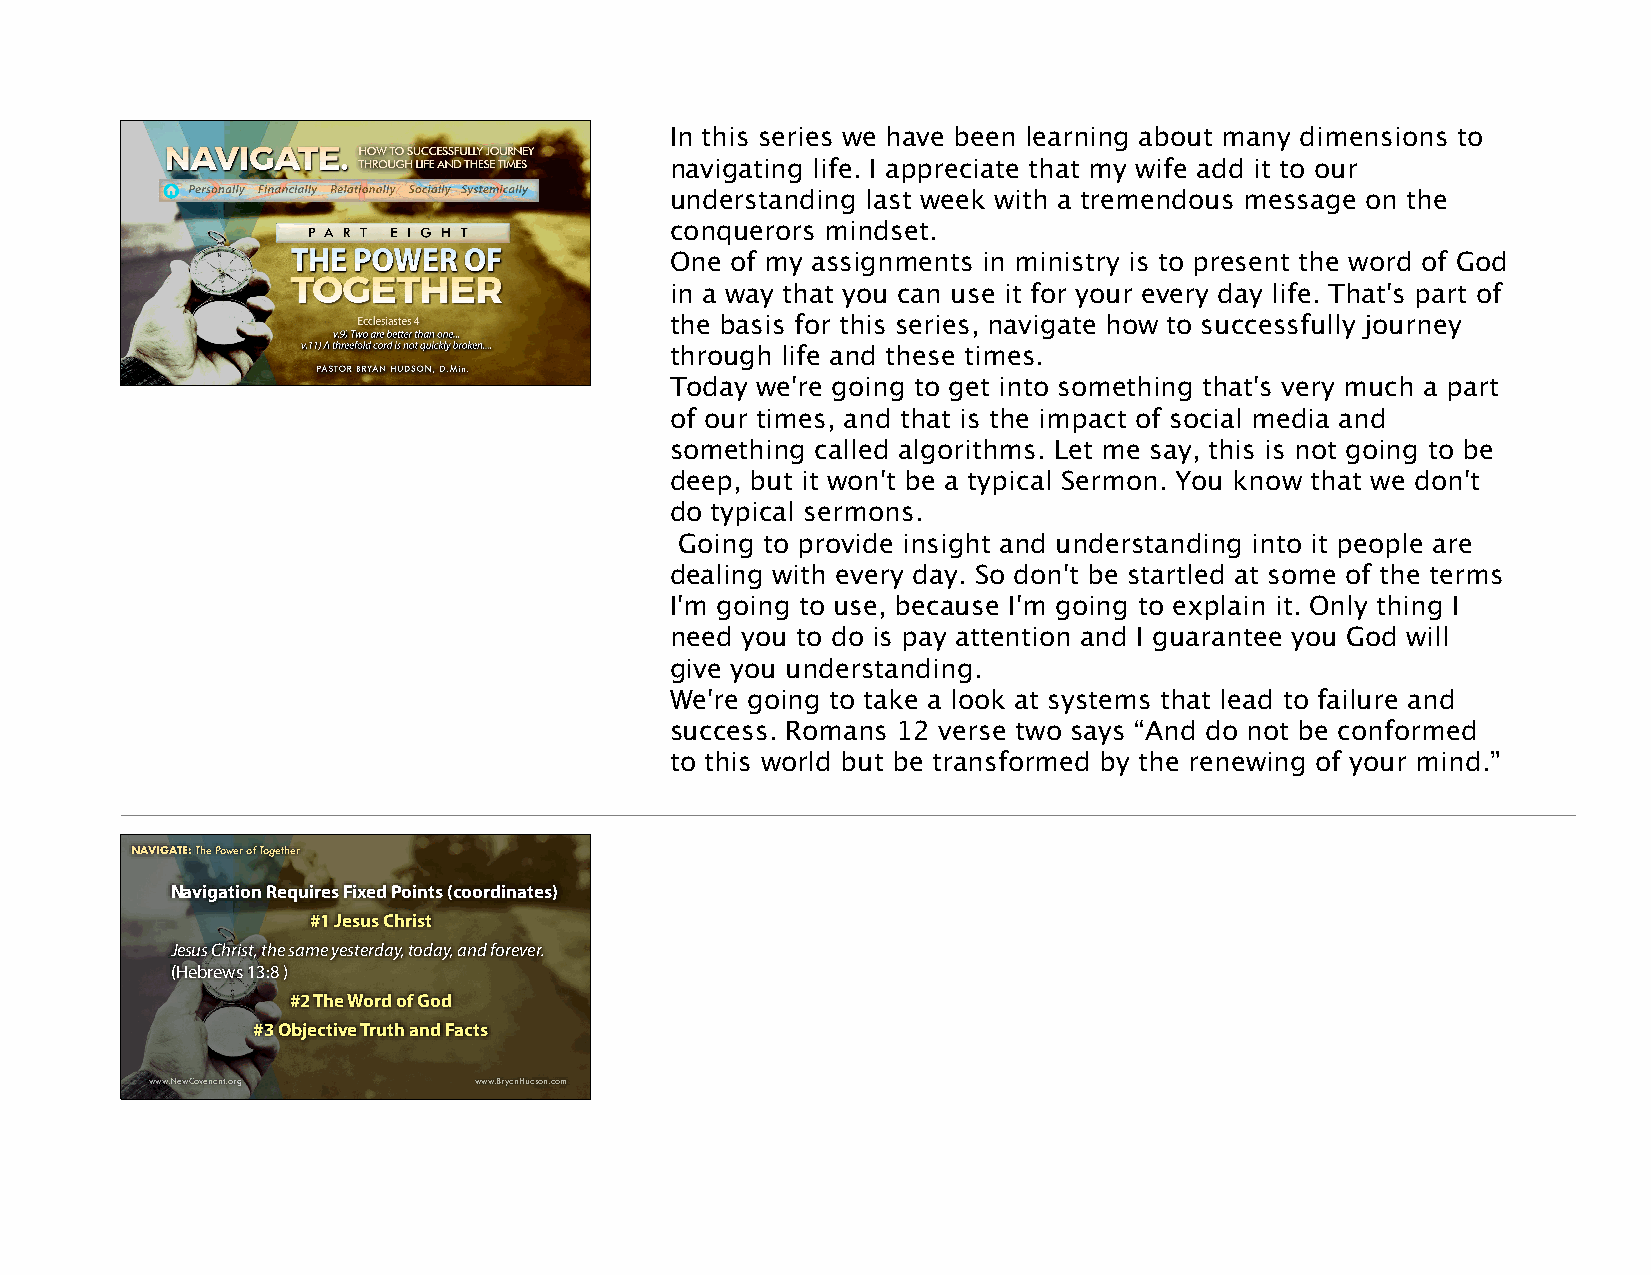
NNAAVIVGAIGTE:A HTowE :t oT Shuecc ePsosfwul eJoru ronfe yT Tohgroeugthh eLirfe and These Times In this series we have been learning about many dimensions to
 navigating life. I appreciate that my wife add it to our
 understanding last week with a tremendous message on the
 conquerors mindset.
 One of my assignments in ministry is to present the word of God
 in a way that you can use it for your every day life. That's part of
 the basis for this series, navigate how to successfully journey
 through life and these times.
 www.NewCovenant.org  www.BryanHudson.com
 Today we're going to get into something that's very much a part
 of our times, and that is the impact of social media and
 something called algorithms. Let me say, this is not going to be
 deep, but it won't be a typical Sermon. You know that we don't
 do typical sermons.
 Going to provide insight and understanding into it people are
 dealing with every day. So don't be startled at some of the terms
 I'm going to use, because I'm going to explain it. Only thing I
 need you to do is pay attention and I guarantee you God will
 give you understanding.
 We're going to take a look at systems that lead to failure and
 success. Romans 12 verse two says “And do not be conformed
 to this world but be transformed by the renewing of your mind.”
 NNAAVIVGAIGTE:A HTowE :t oT Shuecc ePsosfwul eJoru ronfe yT Tohgroeugthh eLirfe and These Times
 Navigation Requires Fixed Points (coordinates)
 #1 Jesus Christ
 Jesus Christ, the same yesterday, today, and forever.
 (Hebrews 13:8 )
 #2 The Word of God
 #3 Objective Truth and Facts
 www.NewCovenant.org  www.BryanHudson.com